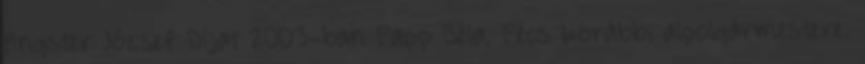
Angster József Díjat 2003-ban Papp Béla, Pécs korábbi alpolgármestere.